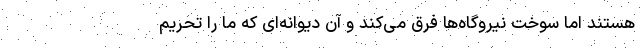
هستند اما سوخت نیروگاه‌ها فرق می‌کند و آن دیوانه‌ای که ما را تحریم